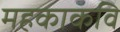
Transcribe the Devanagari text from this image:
महकाकवि